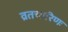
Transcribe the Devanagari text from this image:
व्रतचारिणः